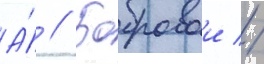
А́ // Бобровои //